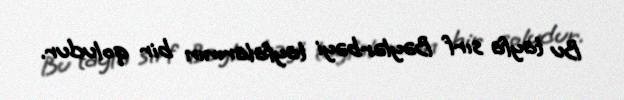
Bu tayfa sırf Bəylərbəyi tayfalarının bir qoludur.